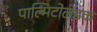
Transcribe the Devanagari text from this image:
पाल्मिटोलेइक